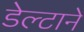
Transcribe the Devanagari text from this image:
डेल्टाने